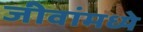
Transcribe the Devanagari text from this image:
जीवांमध्ये